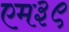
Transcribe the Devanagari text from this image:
एम३९